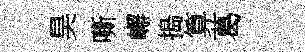
昊嘶嶰搗算葛